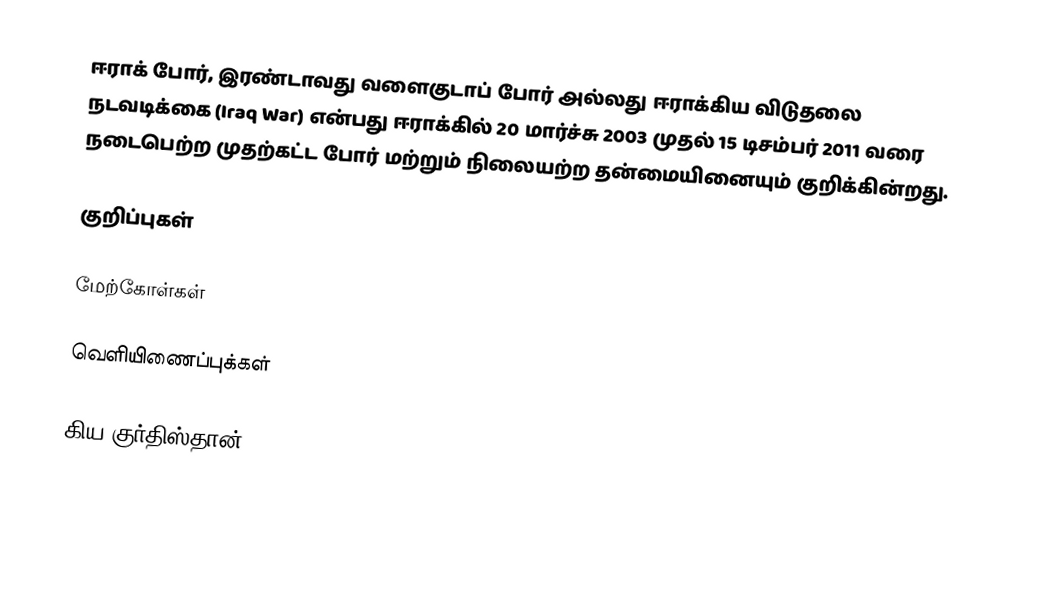
ஈராக் போர், இரண்டாவது வளைகுடாப் போர் அல்லது ஈராக்கிய விடுதலை நடவடிக்கை (Iraq War) என்பது ஈராக்கில் 20 மார்ச்சு 2003  முதல் 15 டிசம்பர் 2011 வரை நடைபெற்ற முதற்கட்ட போர் மற்றும் நிலையற்ற தன்மையினையும் குறிக்கின்றது.

குறிப்புகள்

மேற்கோள்கள்

வெளியிணைப்புக்கள்

கிய குர்திஸ்தான்